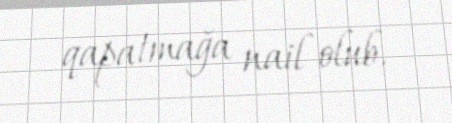
qapatmağa nail olub.